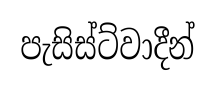
පැසිස්ට්වාදීන්